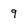
Character: 9